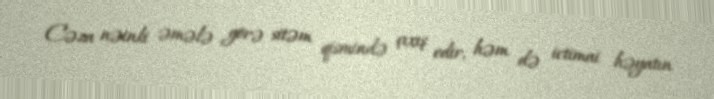
Cəza nəinki əmələ görə sitəm qismində çıxış edir, həm də ictimai həyatın